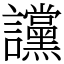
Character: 讜